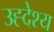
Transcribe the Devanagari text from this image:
उह्देश्य